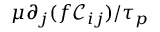
\mu \partial _ { j } ( f \mathcal { C } _ { i j } ) / \tau _ { p }